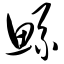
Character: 鲧